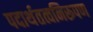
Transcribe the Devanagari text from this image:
पदार्थतत्वनिरूपण